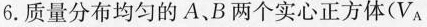
6.质量分布均匀的A、B两个实心正方体($$ V _ { A }